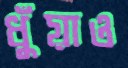
ধুঁয়াও